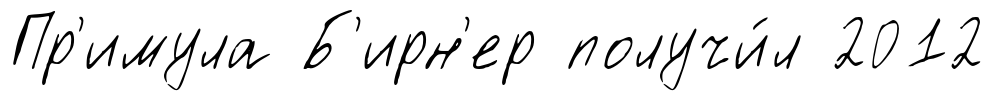
Пр'имула Б'ирн'ер получи́л 2012